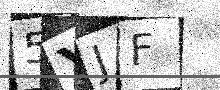
Text: 5YJF